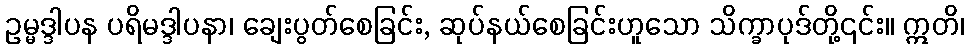
ဥမ္မဒ္ဒါပန ပရိမဒ္ဒါပနာ၊ ချေးပွတ်စေခြင်း, ဆုပ်နယ်စေခြင်းဟူသော သိက္ခာပုဒ်တို့၎င်း။ ဣတိ၊